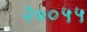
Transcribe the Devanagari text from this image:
२००५५